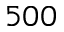
5 0 0